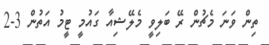
ތިން ވަނަ މެޗުން ރޭ ބަލިވީ މެލޭޝިއާ ގައުމީ ޓީމު އަތުން 3-2